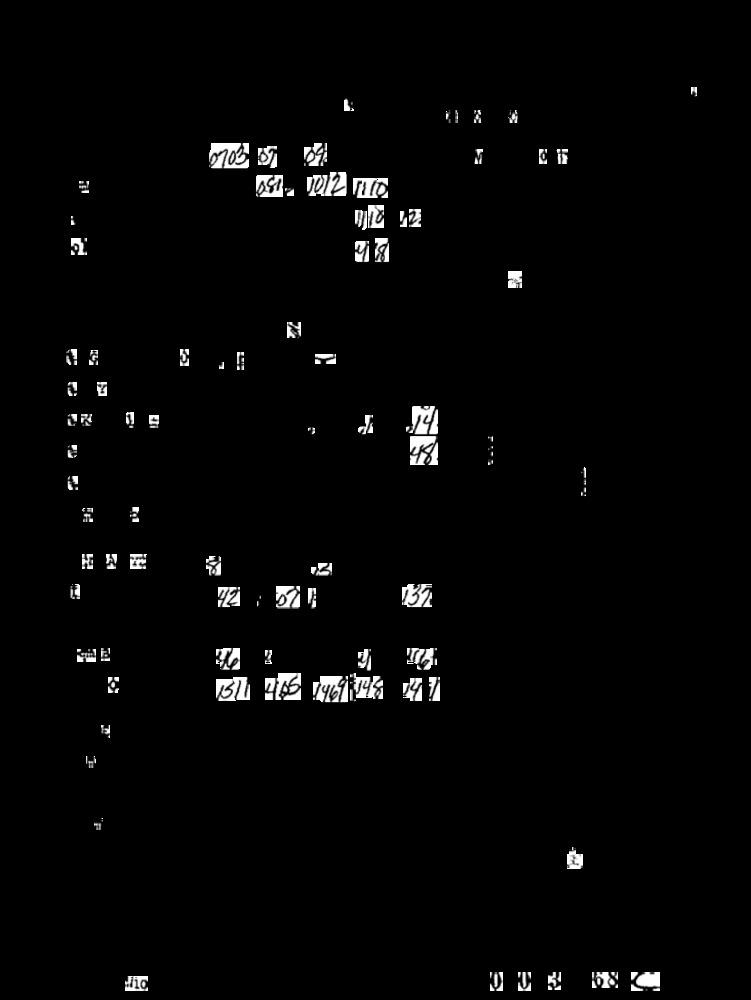
0/03/ 5 09
081 1012/110
48
H NE
137